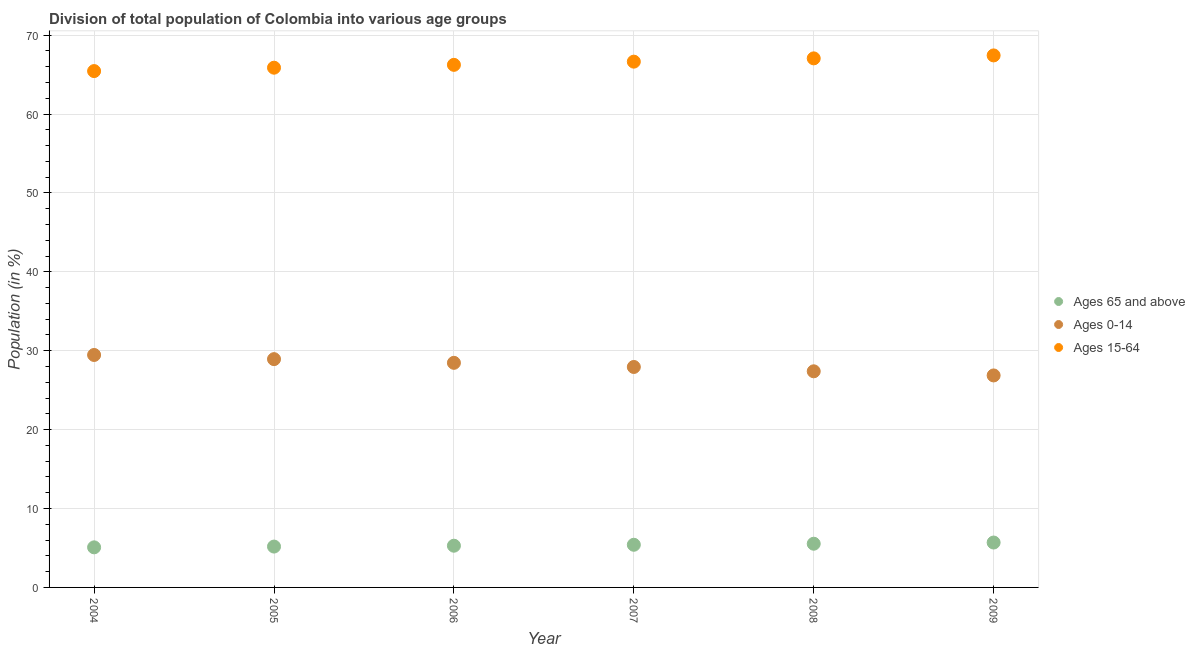
| Year | Ages 65 and above | Ages 0-14 | Ages 15-64 |
 | --- | --- | --- | --- |
 | 2004 | 5.08 | 29.5 | 65.5 |
 | 2005 | 5.18 | 28.9 | 65.9 |
 | 2006 | 5.29 | 28.5 | 66.2 |
 | 2007 | 5.41 | 27.9 | 66.6 |
 | 2008 | 5.54 | 27.4 | 67.1 |
 | 2009 | 5.69 | 26.9 | 67.4 |